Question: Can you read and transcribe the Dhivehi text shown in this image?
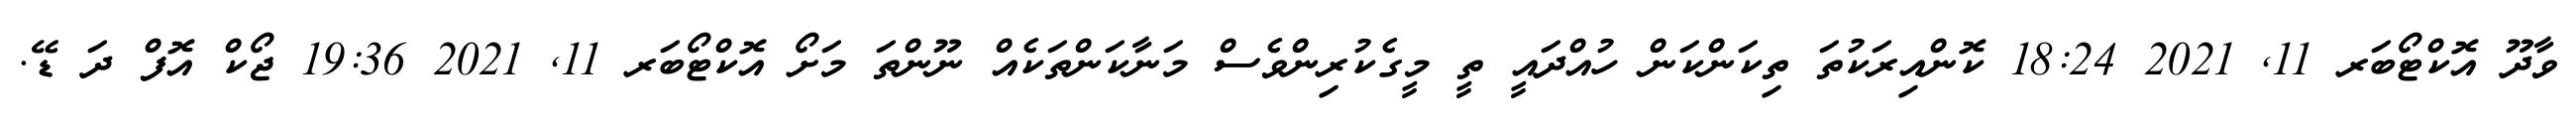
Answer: ވާދޫ އޮކްޓޯބަރ 11, 2021 18:24 ކޮންއިރަކުތަ ތިކަންކަން ހުއްދައީ ތީ މީގެކުރިންވެސް މަނާކަންތަކެއް ނޫންތަ މަށޯ އޮކްޓޯބަރ 11, 2021 19:36 ޖޯކް އޮފް ދަ ޑޭ.